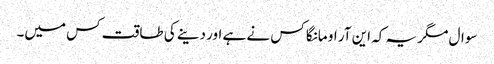
سوال مگر یہ کہ این آر او مانگا کس نے ہے اور دینے کی طاقت کس میں۔